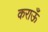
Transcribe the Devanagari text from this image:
कराऊँ